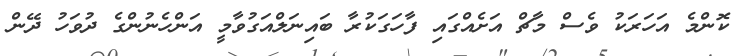
ކޮންމެ އަހަރަކު ވެސް މާޗް އަށެއްގައި ފާހަގަކުރާ ބައިނަލްއަގުވާމީ އަންހެނުންގެ ދުވަހު ދޭން